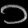
Digit: ၁